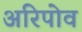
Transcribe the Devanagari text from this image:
अरिपोव